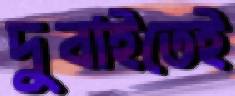
দুবাইতেই